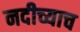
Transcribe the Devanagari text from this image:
नदीच्याच